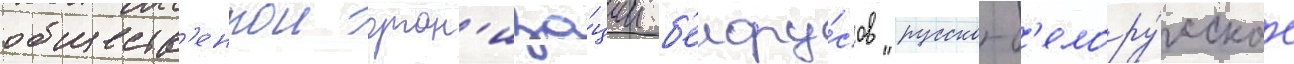
обществ'еннои орган'иза́ции б'елору́сов "русско-б'елору́сское